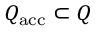
Q _ { \mathrm { a c c } } \subset Q